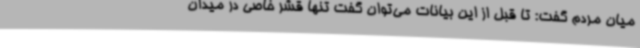
میان مردم گفت: تا قبل از این بیانات می‌توان گفت تنها قشر خاصی در میدان